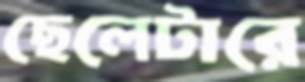
ছেলেটারে